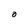
Character: O